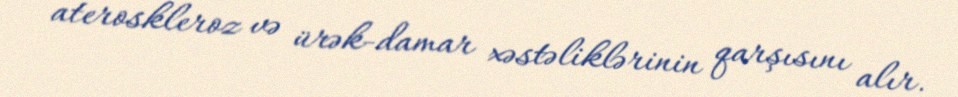
ateroskleroz və ürək-damar xəstəliklərinin qarşısını alır.